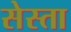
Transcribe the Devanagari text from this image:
सेस्ता